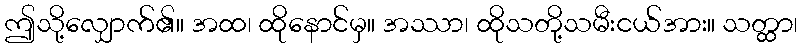
ဤသို့လျှောက်၏။ အထ၊ ထိုနောင်မှ။ အဿာ၊ ထိုသတို့သမီးငယ်အား။ သတ္ထာ၊